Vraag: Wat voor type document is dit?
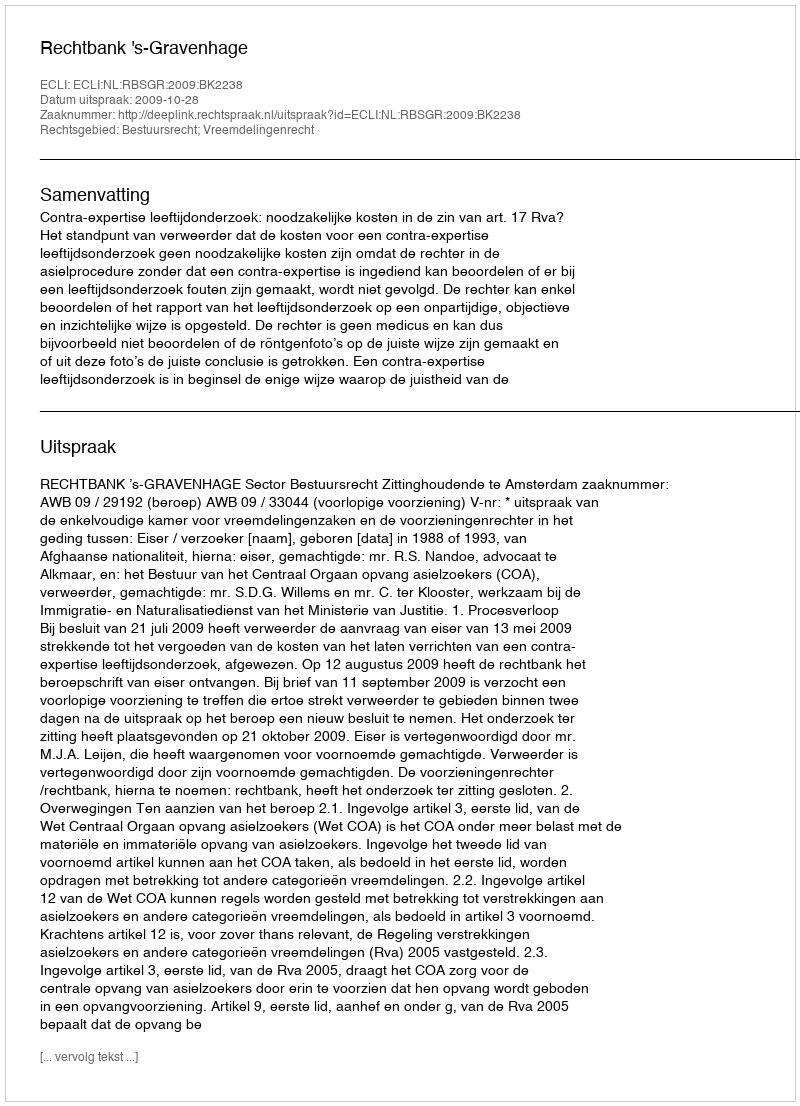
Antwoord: Uitspraak